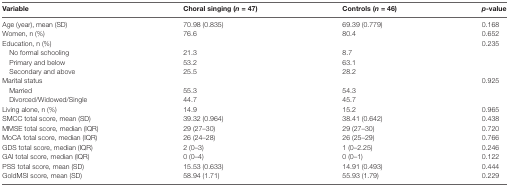
<table><thead><tr><td><b>Variable</b></td><td><b>Choral singing (<i>n</i> = 47)</b></td><td><b>Controls (<i>n</i> = 46)</b></td><td><b><i>p</i>-value</b></td></tr></thead><tbody><tr><td>Age (year), mean (SD)</td><td>70.98 (0.835)</td><td>69.39 (0.779)</td><td>0.168</td></tr><tr><td>Women, n (%)</td><td>76.6</td><td>80.4</td><td>0.652</td></tr><tr><td>Education, n (%)</td><td></td><td></td><td>0.235</td></tr><tr><td>No formal schooling</td><td>21.3</td><td>8.7</td><td></td></tr><tr><td>Primary and below</td><td>53.2</td><td>63.1</td><td></td></tr><tr><td>Secondary and above</td><td>25.5</td><td>28.2</td><td></td></tr><tr><td>Marital status</td><td></td><td></td><td>0.925</td></tr><tr><td>Married</td><td>55.3</td><td>54.3</td><td></td></tr><tr><td>Divorced/Widowed/Single</td><td>44.7</td><td>45.7</td><td></td></tr><tr><td>Living alone, n (%)</td><td>14.9</td><td>15.2</td><td>0.965</td></tr><tr><td>SMCC total score, mean (SD)</td><td>39.32 (0.964)</td><td>38.41 (0.642)</td><td>0.438</td></tr><tr><td>MMSE total score, median (IQR)</td><td>29 (27–30)</td><td>29 (27–30)</td><td>0.720</td></tr><tr><td>MoCA total score, median (IQR)</td><td>26 (24–28)</td><td>26 (25–29)</td><td>0.766</td></tr><tr><td>GDS total score, median (IQR)</td><td>2 (0–3)</td><td>1 (0–2.25)</td><td>0.246</td></tr><tr><td>GAI total score, median (IQR)</td><td>0 (0–4)</td><td>0 (0–1)</td><td>0.122</td></tr><tr><td>PSS total score, mean (SD)</td><td>15.53 (0.633)</td><td>14.91 (0.493)</td><td>0.444</td></tr><tr><td>GoldMSI score, mean (SD)</td><td>58.94 (1.71)</td><td>55.93 (1.79)</td><td>0.229</td></tr></tbody></table>